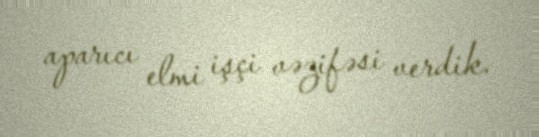
aparıcı elmi işçi vəzifəsi verdik.